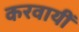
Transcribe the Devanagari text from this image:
करवायीं